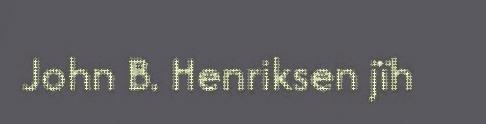
John B. Henriksen jïh